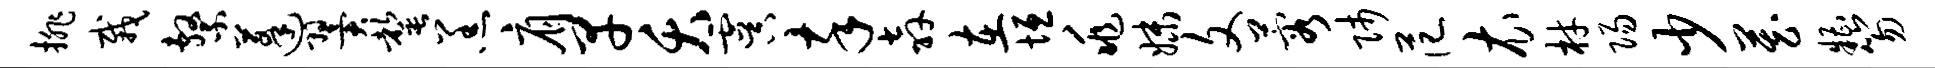
排栽系蓬翼罄羔肩早夭虞卒奔在垣兆妹文蓉师范衣材阳少藏糟笏